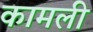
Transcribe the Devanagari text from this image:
कामली